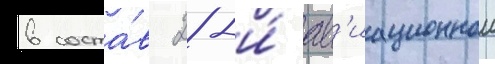
в соста́в 28-и́ ав'иационнои